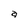
Character: a